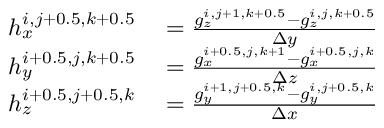
\begin{array} { r l } { h _ { x } ^ { i , j + 0 . 5 , k + 0 . 5 } } & { { } = \frac { g _ { z } ^ { i , j + 1 , k + 0 . 5 } - g _ { z } ^ { i , j , k + 0 . 5 } } { \Delta y } } \\ { h _ { y } ^ { i + 0 . 5 , j , k + 0 . 5 } } & { { } = \frac { g _ { x } ^ { i + 0 . 5 , j , k + 1 } - g _ { x } ^ { i + 0 . 5 , j , k } } { \Delta z } } \\ { h _ { z } ^ { i + 0 . 5 , j + 0 . 5 , k } } & { { } = \frac { g _ { y } ^ { i + 1 , j + 0 . 5 , k } - g _ { y } ^ { i , j + 0 . 5 , k } } { \Delta x } } \end{array}